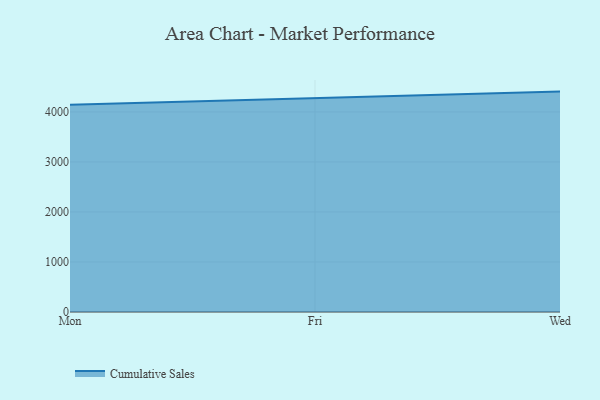
{"axis": {"x": "Day", "y": "Customer Acquisition Cost (USD)"}, "legend": ["Cumulative Sales"], "data": [{"x": "Mon", "y": 4142.8, "type": "Cumulative Sales"}, {"x": "Fri", "y": 4274.3, "type": "Cumulative Sales"}, {"x": "Wed", "y": 4406.4, "type": "Cumulative Sales"}]}